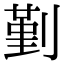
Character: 𠞱